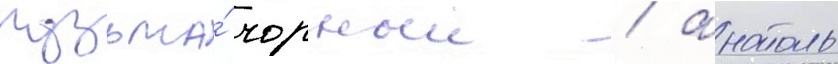
кузьма́ чорныи / анатоль